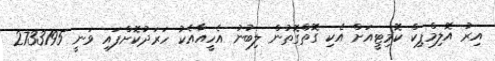
އިރު އޮލިމްޕިކް ކޮމިޓީއަށް އެކި ގޮތްގޮތުން ލިބުނު އެހީއާއެކު ހަރަދުކޮށްފައި ވަނީ 2733195